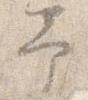
予